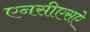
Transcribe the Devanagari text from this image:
एनसीएसऐ